Lunatic asylums Central Provinces reports 1895-1909 - 1895-1909
Year: 1895
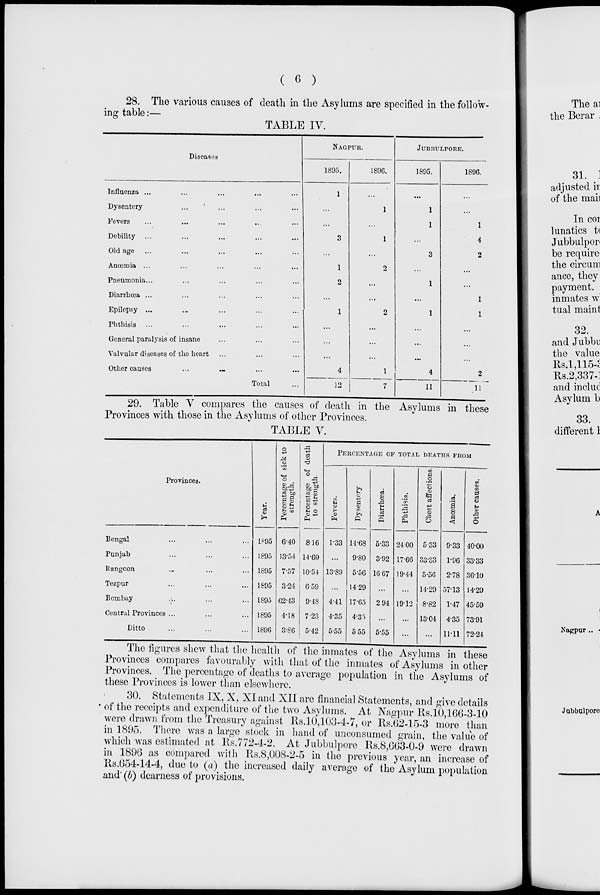
( 6 )
28. The various causes of death in the Asylums are specified in the follow-
ing table :—
TABLE IV.
Diseases
Influenza ... ... ... ... ...
Dysentery ... ... ... ... ...
Fevers ... ... ... ... ...
Debility ... ... ... ... ...
Old age ... ... ... ... ...
Anœmia ... ... ... ... ... ...
Pneumonia ... ... ... ... ...
Diarrhœa ... ... ... ... ...
Epilepsy ... ... ... ... ...
Phthisis ... ... ... ... ...
General paralysis of insane ... ... ...
Valvular diseases of the heart ... ... ...
Other causes ... ... ... ...
Total ...
NAGPUR.
1895.
1
...
...
3
...
1
2
...
1
...
...
...
4
12
1896.
...
1
...
1
...
2
...
...
2
...
...
...
1
7
JUBBULPORE.
1895.
...
1
1
...
3
...
1
...
1
...
...
...
4
11
1896.
...
...
1
4
2
...
...
1
1
...
...
...
2
11
29. Table V compares the causes of death in the Asylums in these
Provinces with those in the Asylums of other Provinces.
TABLE V.
Provinces.
Bengal ... ... ...
Punjab ... ... ...
Rangoon ... ... ...
Tezpur ... ... ...
Bombay ... ... ...
Central Provinces ... ...
Ditto ... ... ...
Year.
1895
1895
1895
1895
1895
1895
1896
Percentage of sick to
strength.
6.40
13.54
7.57
3.24
62.43
4.18
3.86
Percentage of death
to strength.
8.16
14.60
10.54
6.59
9.48
7.23
5.42
PERCENTAGE OF TOTAL DEATHS FROM
Fevers.
1.33
...
13.89
...
4.41
4.35
5.55
Dysentery.
14.68
9.80
5.56
14.29
17.65
4.35
5.55
Diarrhœa.
5.33
3.92
16.67
...
2.94
...
5.55
Phthisis.
24.00
17.66
19.44
...
19.12
...
...
Chest affections.
5.33
33.33
5.56
14.29
8.82
13.04
...
Anœmia.
9.33
1.96
2.78
57.13
1.47
4.35
11.11
Other causes.
40.00
33.33
36.10
14.29
45.59
73.91
72.24
The figures shew that the health of the inmates of the Asylums in these
Provinces compares favourably with that of the inmates of Asylums in other
Provinces. The percentage of deaths to average population in the Asylums of
these Provinces is lower than elsewhere.
30. Statements IX, X, XI and XII are financial Statements, and give details
of the receipts and expenditure of the two Asylums. At Nagpur Rs.10,166-3-10
were drawn from the Treasury against Rs.10,103-4-7, or Rs.62-15-3 more than
in 1895. There was a large stock in hand of unconsumed grain, the value of
which was estimated at Rs.772-4-2. At Jubbulpore Rs.8,663-0-9 were drawn
in 1896 as compared with Rs.8,008-2-5 in the previous year, an increase of
Rs.654-14-4, due to (a) the increased daily average of the Asylum population
and (b) dearness of provisions.